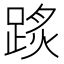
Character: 𨂂